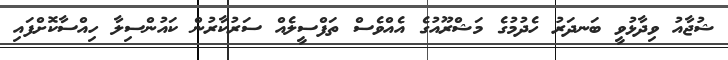
ޝުޖާއު ވިދާޅުވީ ބަނދަރު ހެދުމުގެ މަޝްރޫއުގެ އެއްވެސް ތަފްސީލެއް ސަރުކާރުން ކައުންސިލާ ހިއްސާކޮށްފައި